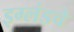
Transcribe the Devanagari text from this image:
इग्लंडचे